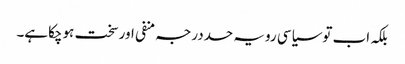
بلکہ اب توسیاسی رویہ حددرجہ منفی اورسخت ہوچکاہے۔